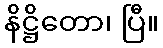
နိဋ္ဌိတော၊ ပြီ။